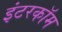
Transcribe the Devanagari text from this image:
इंटरकाॅम